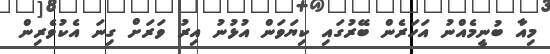
މިއާ ބުނީމެއްނު އަހަރެން ބޭރުގައި ކިޔަވަން އުޅުނު އިރު ވަރަށް ގިނަ އެކުވެރިން